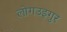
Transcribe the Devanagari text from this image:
लोगउइगुर